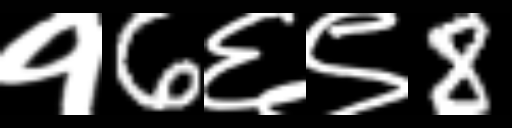
Text: १6६९8